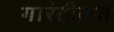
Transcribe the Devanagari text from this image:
गारंटीक़त